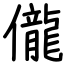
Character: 儱